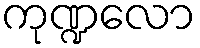
ကုဏ္ဍလော